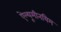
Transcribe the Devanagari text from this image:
ऐल्यूमीनयिम